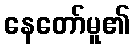
နေတော်မူ၏